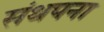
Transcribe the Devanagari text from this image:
संथपना